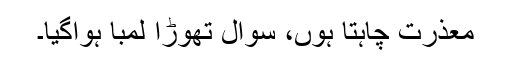
معذرت چاہتا ہوں، سوال تھوڑا لمبا ہواگیا۔